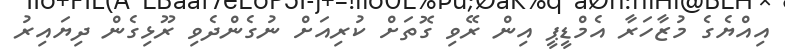
އިއްްޔެގެ މުޒާހަރާ އެމްޑީޕީ އިން ރޭވި ގޮތަށް ކުރިއަށް ނުގެންދެވި ރޫޅިގެން ދިޔައިރު